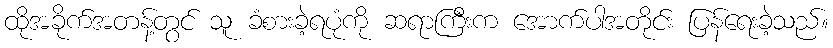
ထိုအခိုက်အတန့်တွင် သူ ခံစားခဲ့ရပုံကို ဆရာကြီးက အောက်ပါအတိုင်း ပြန်ရေးခဲ့သည်။